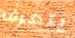
يتعرف